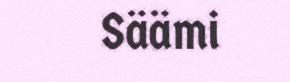
Säämi